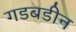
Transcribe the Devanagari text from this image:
गडबडीन